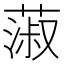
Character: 蔋